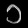
Digit: ၁